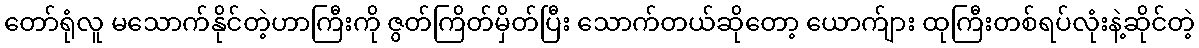
တော်ရုံလူ မသောက်နိုင်တဲ့ဟာကြီးကို ဇွတ်ကြိတ်မှိတ်ပြီး သောက်တယ်ဆိုတော့ ယောက်ျား ထုကြီးတစ်ရပ်လုံးနဲ့ဆိုင်တဲ့